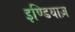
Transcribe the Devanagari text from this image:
इण्डियाज़